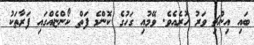
ބައި އިންޗި ވަރު ހުރެއެވެ. ވޭމުއި ގަހުގެ ކޮންމެ ފަތް ކޯންޏެއްގައި ފަރާތަކު